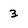
Character: 3